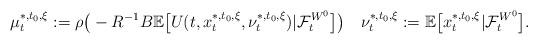
LaTeX: \begin{align*}\mu_t^{*,t_0,\xi}:=\rho\big(-R^{-1}B\mathbb E\big[U(t,x_t^{*,t_0,\xi},\nu_t^{*,t_0,\xi})|\mathcal{F}_t^{W^0}\big]\big)\quad\nu_t^{*,t_0,\xi}:=\mathbb E\big[x_t^{*,t_0,\xi}|\mathcal{F}_t^{W^0}\big].\end{align*}